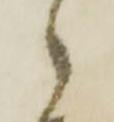
ら